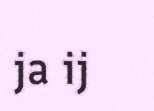
ja ij